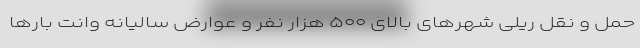
حمل و نقل ریلی شهرهای بالای ۵۰۰ هزار نفر و عوارض سالیانه وانت بارها